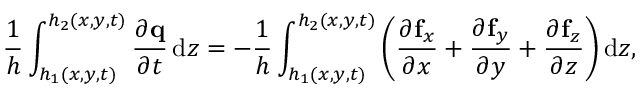
\frac { 1 } { h } \int _ { h _ { 1 } ( x , y , t ) } ^ { h _ { 2 } ( x , y , t ) } \frac { \partial \mathbf { q } } { \partial t } \, \mathrm { d } z = - \frac { 1 } { h } \int _ { h _ { 1 } ( x , y , t ) } ^ { h _ { 2 } ( x , y , t ) } \left( \frac { \partial \mathbf { f } _ { x } } { \partial x } + \frac { \partial \mathbf { f } _ { y } } { \partial y } + \frac { \partial \mathbf { f } _ { z } } { \partial z } \right) \mathrm { d } z ,